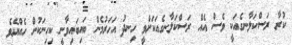
ކުރާ ރަސްކަލާނގެއަކީ ވެސް އެއް ރަސްކަލާނގެއަކަށްވީ ހިނދު އަހަރުމެން ބައިބައިވާނީ ކިހިނަކުން ހެއްޔެވެ